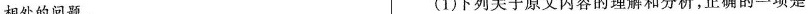
相处的问题。(1)下列关于原文内容的理解和分析，正确的一项